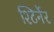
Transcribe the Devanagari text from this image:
श्टिर्नेर